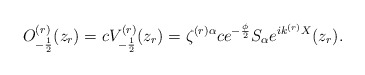
\begin{align*}O^{(r)}_{-\frac{1}{2}}(z_r)=cV^{(r)}_{-\frac{1}{2}}(z_r)=\zeta ^{(r)\alpha}ce^{-\frac{\phi}{2}}S_{\alpha}e^{ik^{(r)}X}(z_r).\end{align*}